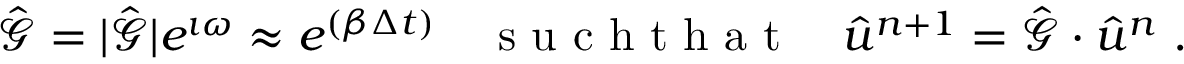
\hat { \mathcal { G } } = \lvert \hat { \mathcal { G } } \rvert e ^ { \imath \omega } \approx e ^ { ( \beta \Delta t ) } \quad \mathrm { ~ s ~ u ~ c ~ h ~ t ~ h ~ a ~ t ~ } \quad \hat { u } ^ { n + 1 } = \hat { \mathcal { G } } \cdot \hat { u } ^ { n } \ .